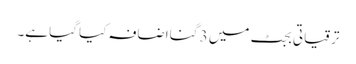
ترقیاتی بجٹ میں 3 گنا اضافہ کیا گیا ہے۔